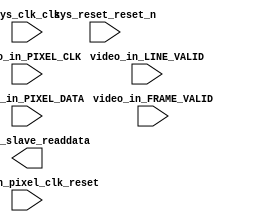

module Video_In_Subsystem (
	sys_clk_clk,
	sys_reset_reset_n,
	video_in_PIXEL_CLK,
	video_in_LINE_VALID,
	video_in_FRAME_VALID,
	video_in_pixel_clk_reset,
	video_in_PIXEL_DATA,
	camera_slave_readdata);	

	input		sys_clk_clk;
	input		sys_reset_reset_n;
	input		video_in_PIXEL_CLK;
	input		video_in_LINE_VALID;
	input		video_in_FRAME_VALID;
	input		video_in_pixel_clk_reset;
	input	[11:0]	video_in_PIXEL_DATA;
	output	[31:0]	camera_slave_readdata;
endmodule